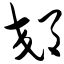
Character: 郊